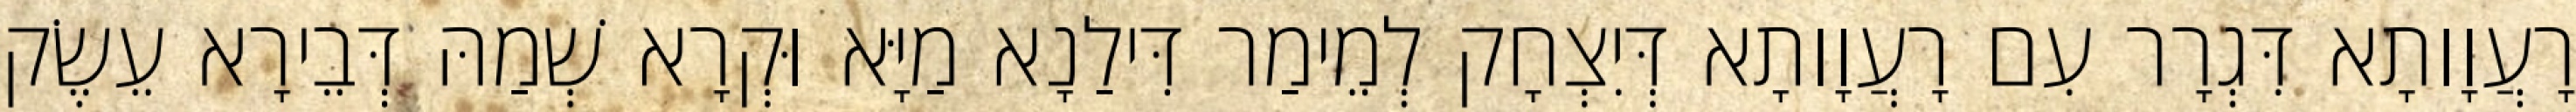
רָעֲוָותָא דִּגְרָר עִם רָעֲוָותָא דְּיִצְחָק לְמֵימַר דִּילַנָא מַיָּא וּקְרָא שְׁמַהּ דְּבֵירָא עֵשֶׂק